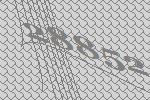
28852